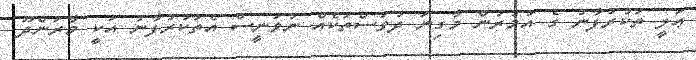
ޢަލީ ތަކުރުފާނު ގެ އުމުރުން މާގިނަ ދުވަސްތަކެއް ނުވަނީސް އެތަކުރުފާނު އަކީ މާރަންދޫ